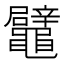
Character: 鼊